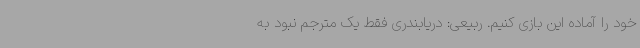
خود را آماده این بازی کنیم. ربیعی: دریابندری فقط یک مترجم نبود به